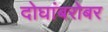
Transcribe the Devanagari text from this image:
दोघांबरोबर